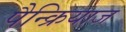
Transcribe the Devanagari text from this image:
पैन्क्रियाज